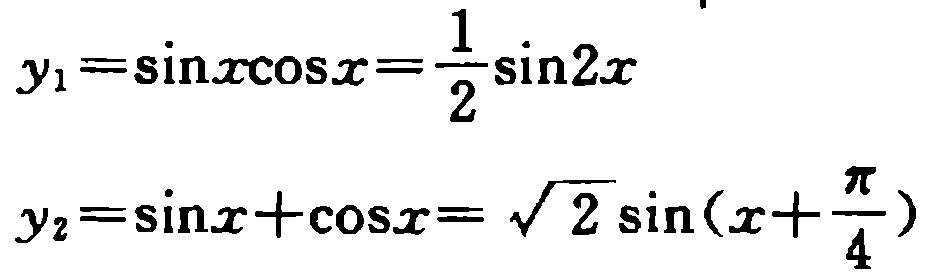
\[
\begin{align*}
y_1&=\sin x\cos x=\frac{1}{2}\sin 2x\\
y_2&=\sin x + \cos x=\sqrt{2}\sin(x+\frac{\pi}{4})
\end{align*}
\]